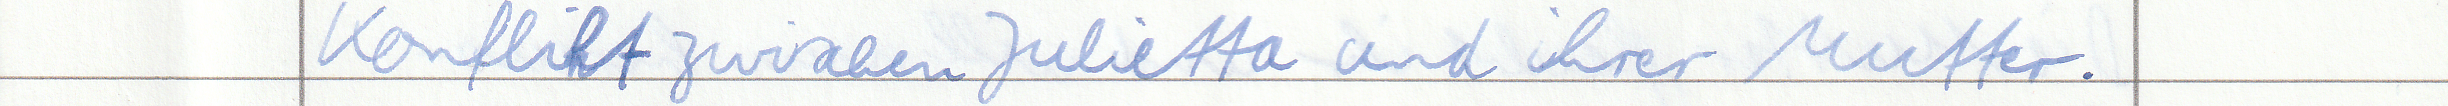
Konflikt zwischen Julietta und ihrer Mutter.